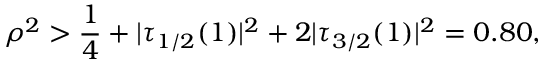
\rho ^ { 2 } > \frac 1 4 + | \tau _ { 1 / 2 } ( 1 ) | ^ { 2 } + 2 | \tau _ { 3 / 2 } ( 1 ) | ^ { 2 } = 0 . 8 0 ,